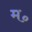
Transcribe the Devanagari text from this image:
म॰